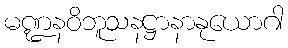
မဏ္ဍနဝိဘူသနဋ္ဌာနာနုယောဂါ